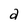
Character: a